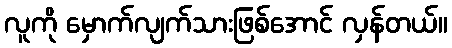
လူကို မှောက်လျက်သားဖြစ်အောင် လှန်တယ်။